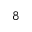
8